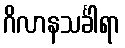
ဂိလာနသင်္ခါရာ